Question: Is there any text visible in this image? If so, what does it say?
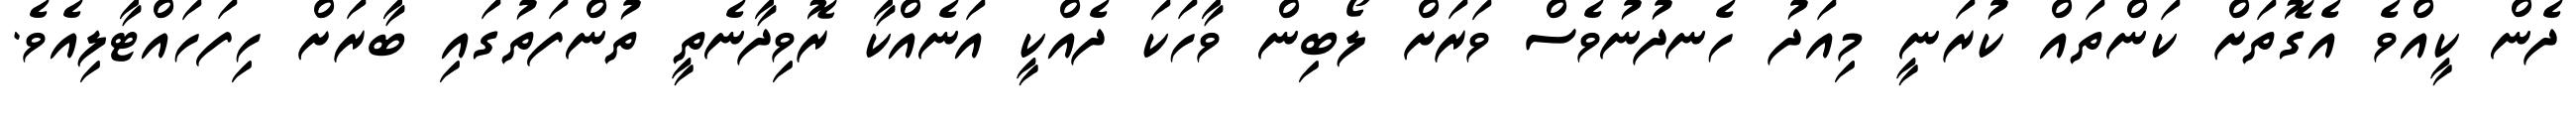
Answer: ދެން ކީއްވެ އެގޮތަށް ކަންތައް ކުރަނީ މިއަދު ހެނދުނުވެސް ވަރަށް ލޯބިން ވާހަކަ ދެއްކީ އަނެއްކާ ރޮވިދާނެތީ ތުންފަތުގައި ބާރަށް ހިފަހައްޓާލިއެވެ.